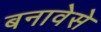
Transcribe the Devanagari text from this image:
बनावेसे